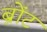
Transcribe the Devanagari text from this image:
ब्रोंट